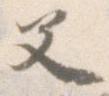
父